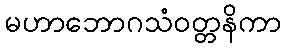
မဟာဘောဂသံဝတ္တနိကာ